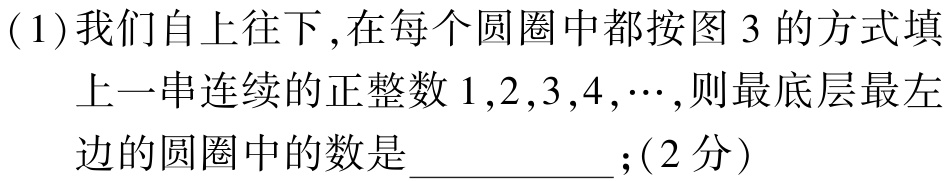
(1)我们自上往下,在每个圆圈中都按图 3 的方式填上一串连续的正整数\(1,2,3,4,\cdots\),则最底层最左边的圆圈中的数是  ；(2 分)